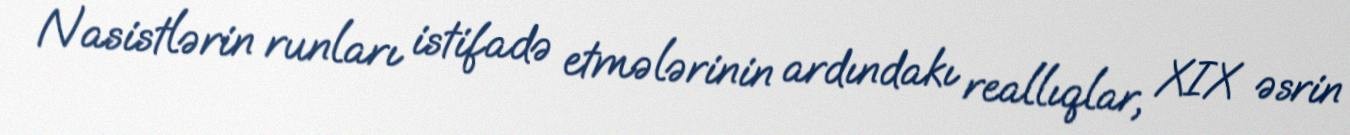
Nasistlərin runları istifadə etmələrinin ardındakı reallıqlar, XIX əsrin